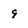
Character: g